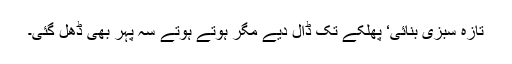
تازہ سبزی بنائی‘ پھلکے تک ڈال دیے مگر ہوتے ہوتے سہ پہر بھی ڈھل گئی۔